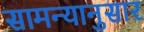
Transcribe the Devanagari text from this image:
सामन्यानुसार